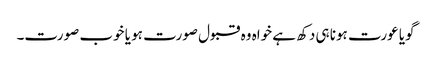
گویا عورت ہونا ہی دکھ ہے خواہ وہ قبول صورت ہو یا خوب صورت۔